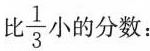
比\frac{1}{3}小的分数：